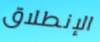
الإنطلاق